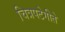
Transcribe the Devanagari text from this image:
चित्रपटेगीते